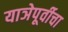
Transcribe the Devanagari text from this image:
याञेपूर्वीचा